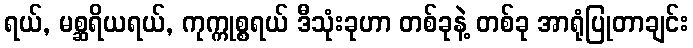
ရယ်, မစ္ဆရိယရယ်, ကုက္ကုစ္စရယ် ဒီသုံးခုဟာ တစ်ခုနဲ့ တစ်ခု အာရုံပြုတာချင်း